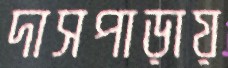
দাসপাড়ায়